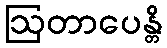
ဩတာပေန္တိ